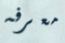
معرفه